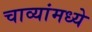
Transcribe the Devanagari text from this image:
चाव्यांमध्ये